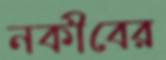
নকীবের